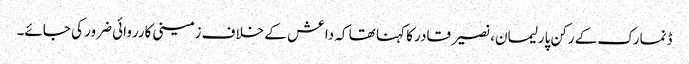
ڈنمارک کے رکن پارلیمان، نصیر قادر کا کہنا تھا کہ داعش کے خلاف زمینی کارروائی ضرور کی جائے۔